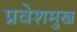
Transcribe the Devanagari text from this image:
प्रवेशमुख